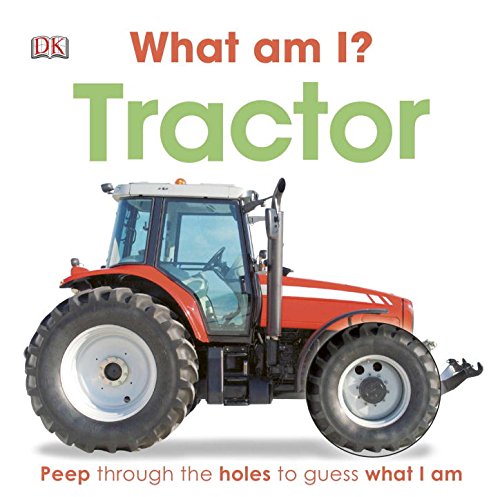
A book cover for What Am I? Tractor; DK Publishing; Children's Books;